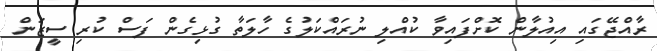
ރާއްޖޭގައި އިއުލާން ކޮށްފައިވާ ކުއްލި ނުރައްކަލުގެ ހާލަތާ ގުޅިގެން ފަސް ކުރި ސީޒަން